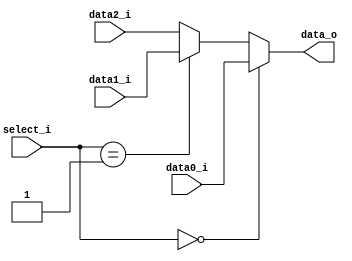
`timescale 1ns/1ps

module MUX_3to1(
    input       [32-1:0] data0_i,
    input       [32-1:0] data1_i,
    input       [32-1:0] data2_i,
    input       [ 2-1:0] select_i,
    output  reg [32-1:0] data_o
);
/* Write your code HERE */
always @(*) begin
    if(select_i == 2'b00) data_o <= data0_i;
    else if(select_i == 2'b01) data_o <= data1_i;
    else data_o <= data2_i;
end
endmodule